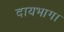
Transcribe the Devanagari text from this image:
दायभाग।